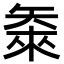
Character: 𬑴